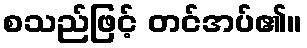
စသည်ဖြင့် တင်အပ်၏။